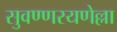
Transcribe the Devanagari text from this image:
सुवण्णरयणेल्ला